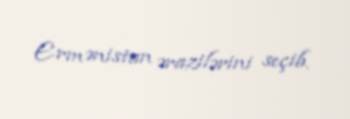
Ermənistan ərazilərini seçib.